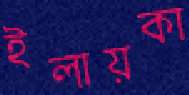
ইলায়কা